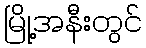
မြို့အနီးတွင်